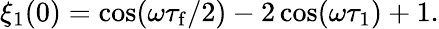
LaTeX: \begin{array}{r}{\xi_{1}(0)=\cos(\omega\tau_{\mathrm{f}}/2)-2\cos(\omega\tau_{1})+1.}\end{array}